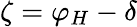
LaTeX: \zeta=\varphi_{H}-\delta